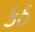
કઠ